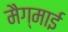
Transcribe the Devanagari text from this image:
मैग्माई